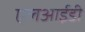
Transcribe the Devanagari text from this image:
एलआईडी